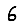
Digit: 6